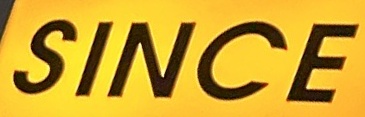
SINCE